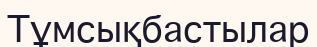
Тұмсықбастылар